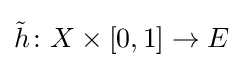
{\tilde {h}}\colon X\times [0,1]\to E